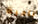
ناحية